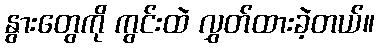
နွားတွေကို ကွင်းထဲ လွှတ်ထားခဲ့တယ်။